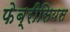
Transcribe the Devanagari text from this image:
फेब्रीसियस